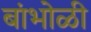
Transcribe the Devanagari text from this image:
बांभोळी